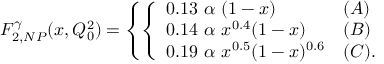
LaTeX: F _ { 2 , N P } ^ { \gamma } ( x , Q _ { 0 } ^ { 2 } ) = \left\{ \left\{ \begin{array} { l l } { { 0 . 1 3 ~ \alpha ~ ( 1 - x ) } } & { { ( A ) } } \\ { { 0 . 1 4 ~ \alpha ~ x ^ { 0 . 4 } ( 1 - x ) } } & { { ( B ) } } \\ { { 0 . 1 9 ~ \alpha ~ x ^ { 0 . 5 } ( 1 - x ) ^ { 0 . 6 } } } & { { ( C ) . } } \end{array} \right. \right.